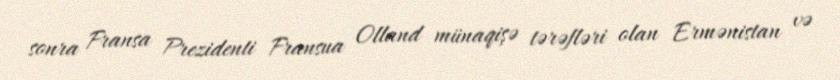
sonra Fransa Prezidenti Fransua Olland münaqişə tərəfləri olan Ermənistan və